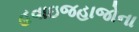
હવાઇજહાજોના